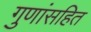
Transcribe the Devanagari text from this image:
गुणांसहित